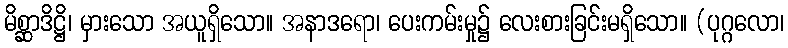
မိစ္ဆာဒိဋ္ဌိ၊ မှားသော အယူရှိသော။ အနာဒရော၊ ပေးကမ်းမှု၌ လေးစားခြင်းမရှိသော။ (ပုဂ္ဂလော၊